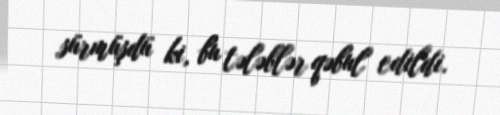
sürmüşdü ki, bu tələblər qəbul edildi.